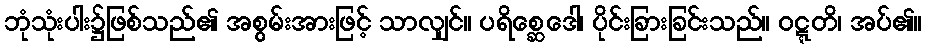
ဘုံသုံးပါး၌ဖြစ်သည်၏ အစွမ်းအားဖြင့် သာလျှင်။ ပရိစ္ဆေဒေါ၊ ပိုင်းခြားခြင်းသည်။ ဝဋ္ဋတိ၊ အပ်၏။